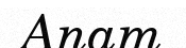
Anam